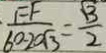
\frac { F F } { 6 0 - 2 0 \sqrt { 3 } } = \frac { \sqrt { 3 } } { 2 }